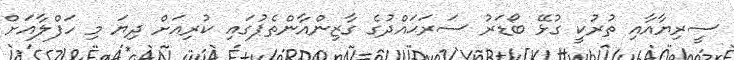
ސީރިޔާއާއި ތުރުކީ ގުޅޭ ބޯޑަރު ސަރަޙައްދުގެ ގާޒިންއާންތެޕުގައި ކުރިއަށް ދިޔަ މި ހަފްލާއަށް